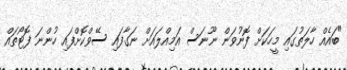
"ބައެއް ހާލަތުގައި މީހަކަށް ފޮނުވަން ނޫނަސް އަމިއްލައަށް ނަގާފައި ސޭވްކޮށްފައި ހުންނަ ފޮޓޯތައް